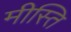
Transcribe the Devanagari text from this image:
मीस्ति